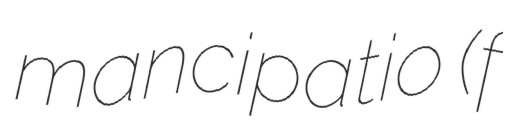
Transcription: mancipatio (f